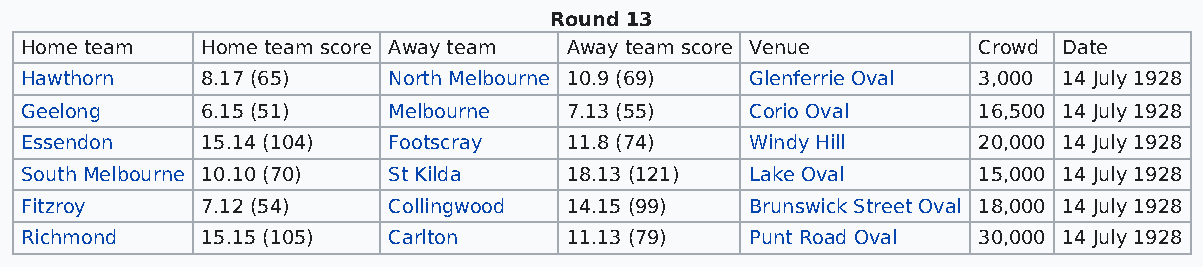
Round 13
 Home team   Home team score Away team Away team score Venue     Crowd Date
 Hawthorn    8.17 (65)    North Melbourne 10.9 (69) Glenferrie Oval 3,000 14 July 1928
 Geelong     6.15 (51)    Melbourne  7.13 (55)    Corio Oval     16,500 14 July 1928
 Essendon    15.14 (104)  Footscray  11.8 (74)    Windy Hill     20,000 14 July 1928
 South Melbourne 10.10 (70) St Kilda 18.13 (121)  Lake Oval      15,000 14 July 1928
 Fitzroy     7.12 (54)    Collingwood 14.15 (99)  Brunswick Street Oval 18,000 14 July 1928
 Richmond    15.15 (105)  Carlton    11.13 (79)   Punt Road Oval 30,000 14 July 1928